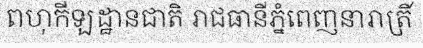
ពហុកីឡដ្ឋានជាតិ រាជធានីភ្នំពេញនារាត្រី